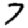
Digit: 7